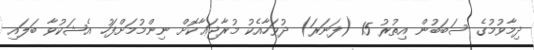
ދިމާވުމުގެ ސަބަބުން އިތުރު 15 (ފަނަރަ) ދުވަހާއެކު މުރާޖަޢާކޮށް ނިންމުމަށްފަހު އެޝަކުވާ ބަލައި